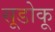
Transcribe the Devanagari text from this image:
सूडोकू